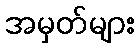
အမှတ်များ